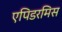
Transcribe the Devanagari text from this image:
एपिडरमिस